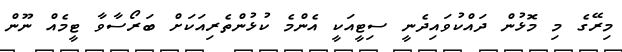
މިރޭގެ މި މޮޅުން ދައްކުވައިދެނީ ސިޓީއަކީ އެންމެ ކުޅުންތެރިއަކަށް ބަރޯސާވާ ޓީމެއް ނޫން